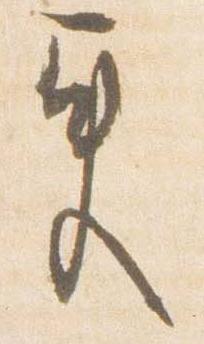
更